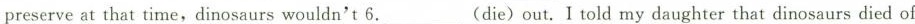
preserve at that time,dinosaurs wouldn't 6.___(die)out. Itold my daughter that dinosaurs died of